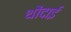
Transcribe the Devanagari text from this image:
थोंदाई